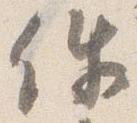
件